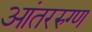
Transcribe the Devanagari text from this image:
आंतररुग्ण